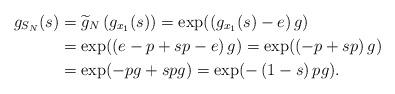
LaTeX: \begin{align*}g_{S_{N}}(s) & =\widetilde{g}_{N}\left( g_{x_{1}}(s)\right) =\exp(\left(g_{x_{1}}(s)-e\right) g)\\& =\exp(\left( e-p+sp-e\right) g)=\exp(\left( -p+sp\right) g)\\& =\exp(-pg+spg)=\exp(-\left( 1-s\right) pg).\end{align*}